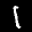
Label: 1